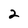
Character: 2